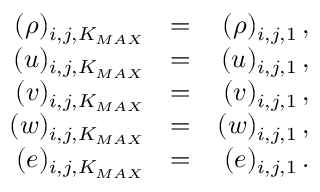
\begin{array} { r l r } { ( \rho ) _ { i , j , K _ { M A X } } } & { = } & { ( \rho ) _ { i , j , 1 } \, \mathrm { , } } \\ { ( u ) _ { i , j , K _ { M A X } } } & { = } & { ( u ) _ { i , j , 1 } \, \mathrm { , } } \\ { ( v ) _ { i , j , K _ { M A X } } } & { = } & { ( v ) _ { i , j , 1 } \, \mathrm { , } } \\ { ( w ) _ { i , j , K _ { M A X } } } & { = } & { ( w ) _ { i , j , 1 } \, \mathrm { , } } \\ { ( e ) _ { i , j , K _ { M A X } } } & { = } & { ( e ) _ { i , j , 1 } \, \mathrm { . } } \end{array}